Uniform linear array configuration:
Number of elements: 24
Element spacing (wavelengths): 0.5
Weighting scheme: uniform
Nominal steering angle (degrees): -30
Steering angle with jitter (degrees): -31.528
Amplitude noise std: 0.05
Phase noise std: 0.05

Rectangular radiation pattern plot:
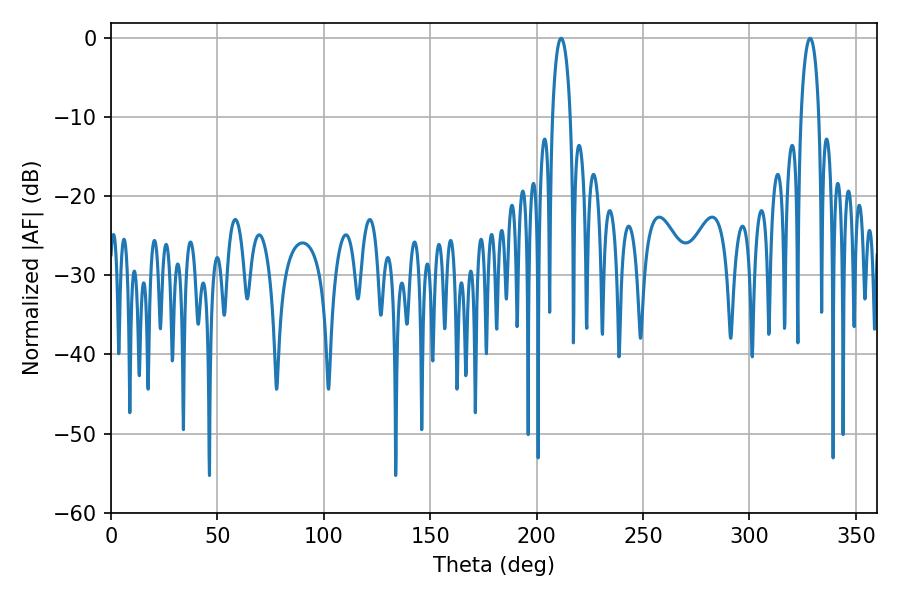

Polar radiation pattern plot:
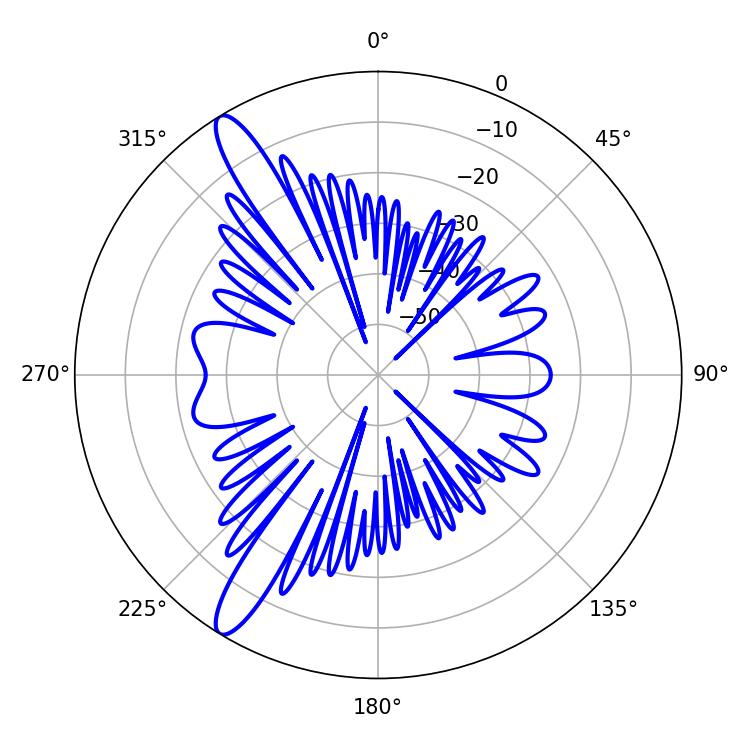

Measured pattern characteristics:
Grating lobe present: FALSE
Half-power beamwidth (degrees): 4.86
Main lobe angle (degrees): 211.5